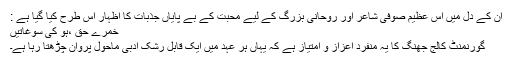
ان کے دل میں اس عظیم صوفی شاعر اور روحانی بزرگ کے لیے محبت کے بے پایاں جذبات کا اظہار اس طرح کیا گیا ہے :
خمرے حق ،ہو کی سوغاتیں
گورنمنٹ کالج جھنگ کا یہ منفرد اعزاز و امتیاز ہے کہ یہاں ہر عہد میں ایک قابل رشک ادبی ماحول پروان چڑھتا رہا ہے۔